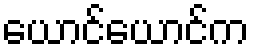
ယောင်ယောင်က